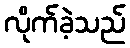
လိုက်ခဲ့သည်